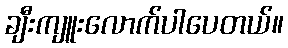
ချီးကျူးလောက်ပါပေတယ်။